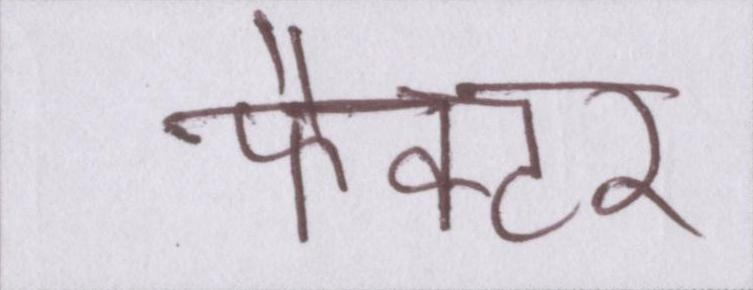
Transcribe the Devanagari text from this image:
फैक्टर